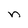
Character: n